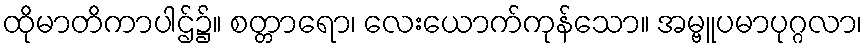
ထိုမာတိကာပါဌ်၌။ စတ္တာရော၊ လေးယောက်ကုန်သော။ အမ္ဗူပမာပုဂ္ဂလာ၊